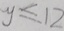
y \leq 1 2